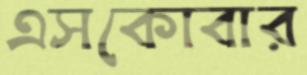
এসকোবার